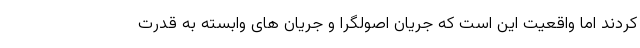
کردند اما واقعیت این است که جریان اصولگرا و جریان های وابسته به قدرت